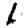
Digit: 1